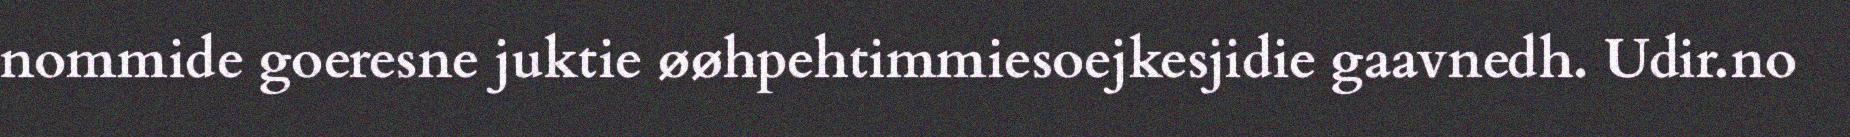
nommide goeresne juktie øøhpehtimmiesoejkesjidie gaavnedh. Udir.no